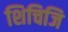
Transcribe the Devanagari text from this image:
शिचिजि